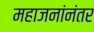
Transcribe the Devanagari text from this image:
महाजनांनंतर